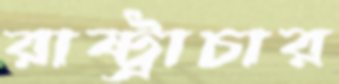
রাষ্ট্রাচার